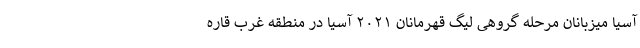
آسیا میزبانان مرحله گروهی لیگ قهرمانان ۲۰۲۱ آسیا در منطقه غرب قاره